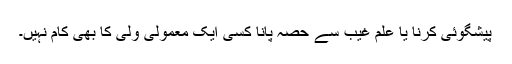
پیشگوئی کرنا یا علم غیب سے حصہ پانا کسی ایک معمولی ولی کا بھی کام نہیں۔